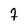
Character: 7